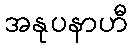
အနုပနာဟီ